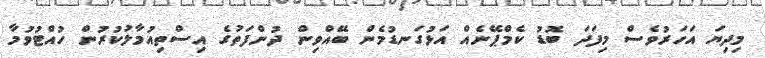
މިދިޔަ އަހަރުވެސް މިފަދަ ބޮޑު ކެމްޕޭނެއް އަޅުގަނޑުމެން ބޭއްވިން ދުންފަތުގެ އިސްތިއުމާލުކުރުން ހުއްޓުވުމާ